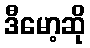
ဒီမော့ဆို